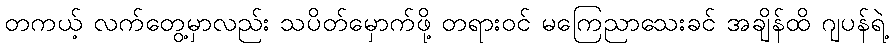
တကယ့် လက်တွေ့မှာလည်း သပိတ်မှောက်ဖို့ တရားဝင် မကြေညာသေးခင် အချိန်ထိ ဂျပန်ရဲ့